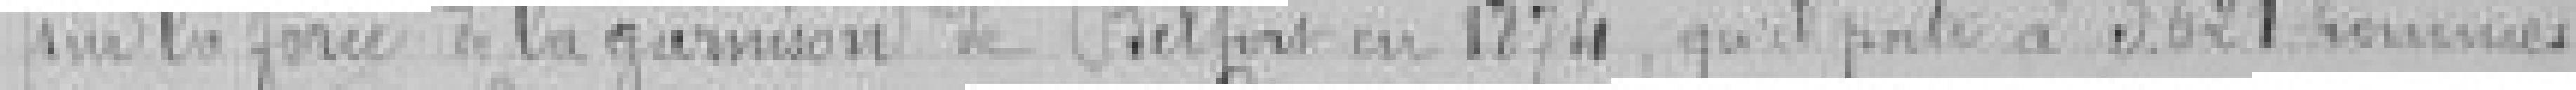
sur la force de la garnison de Belfort en 1874, qu'il porte à 3.621 hommes.